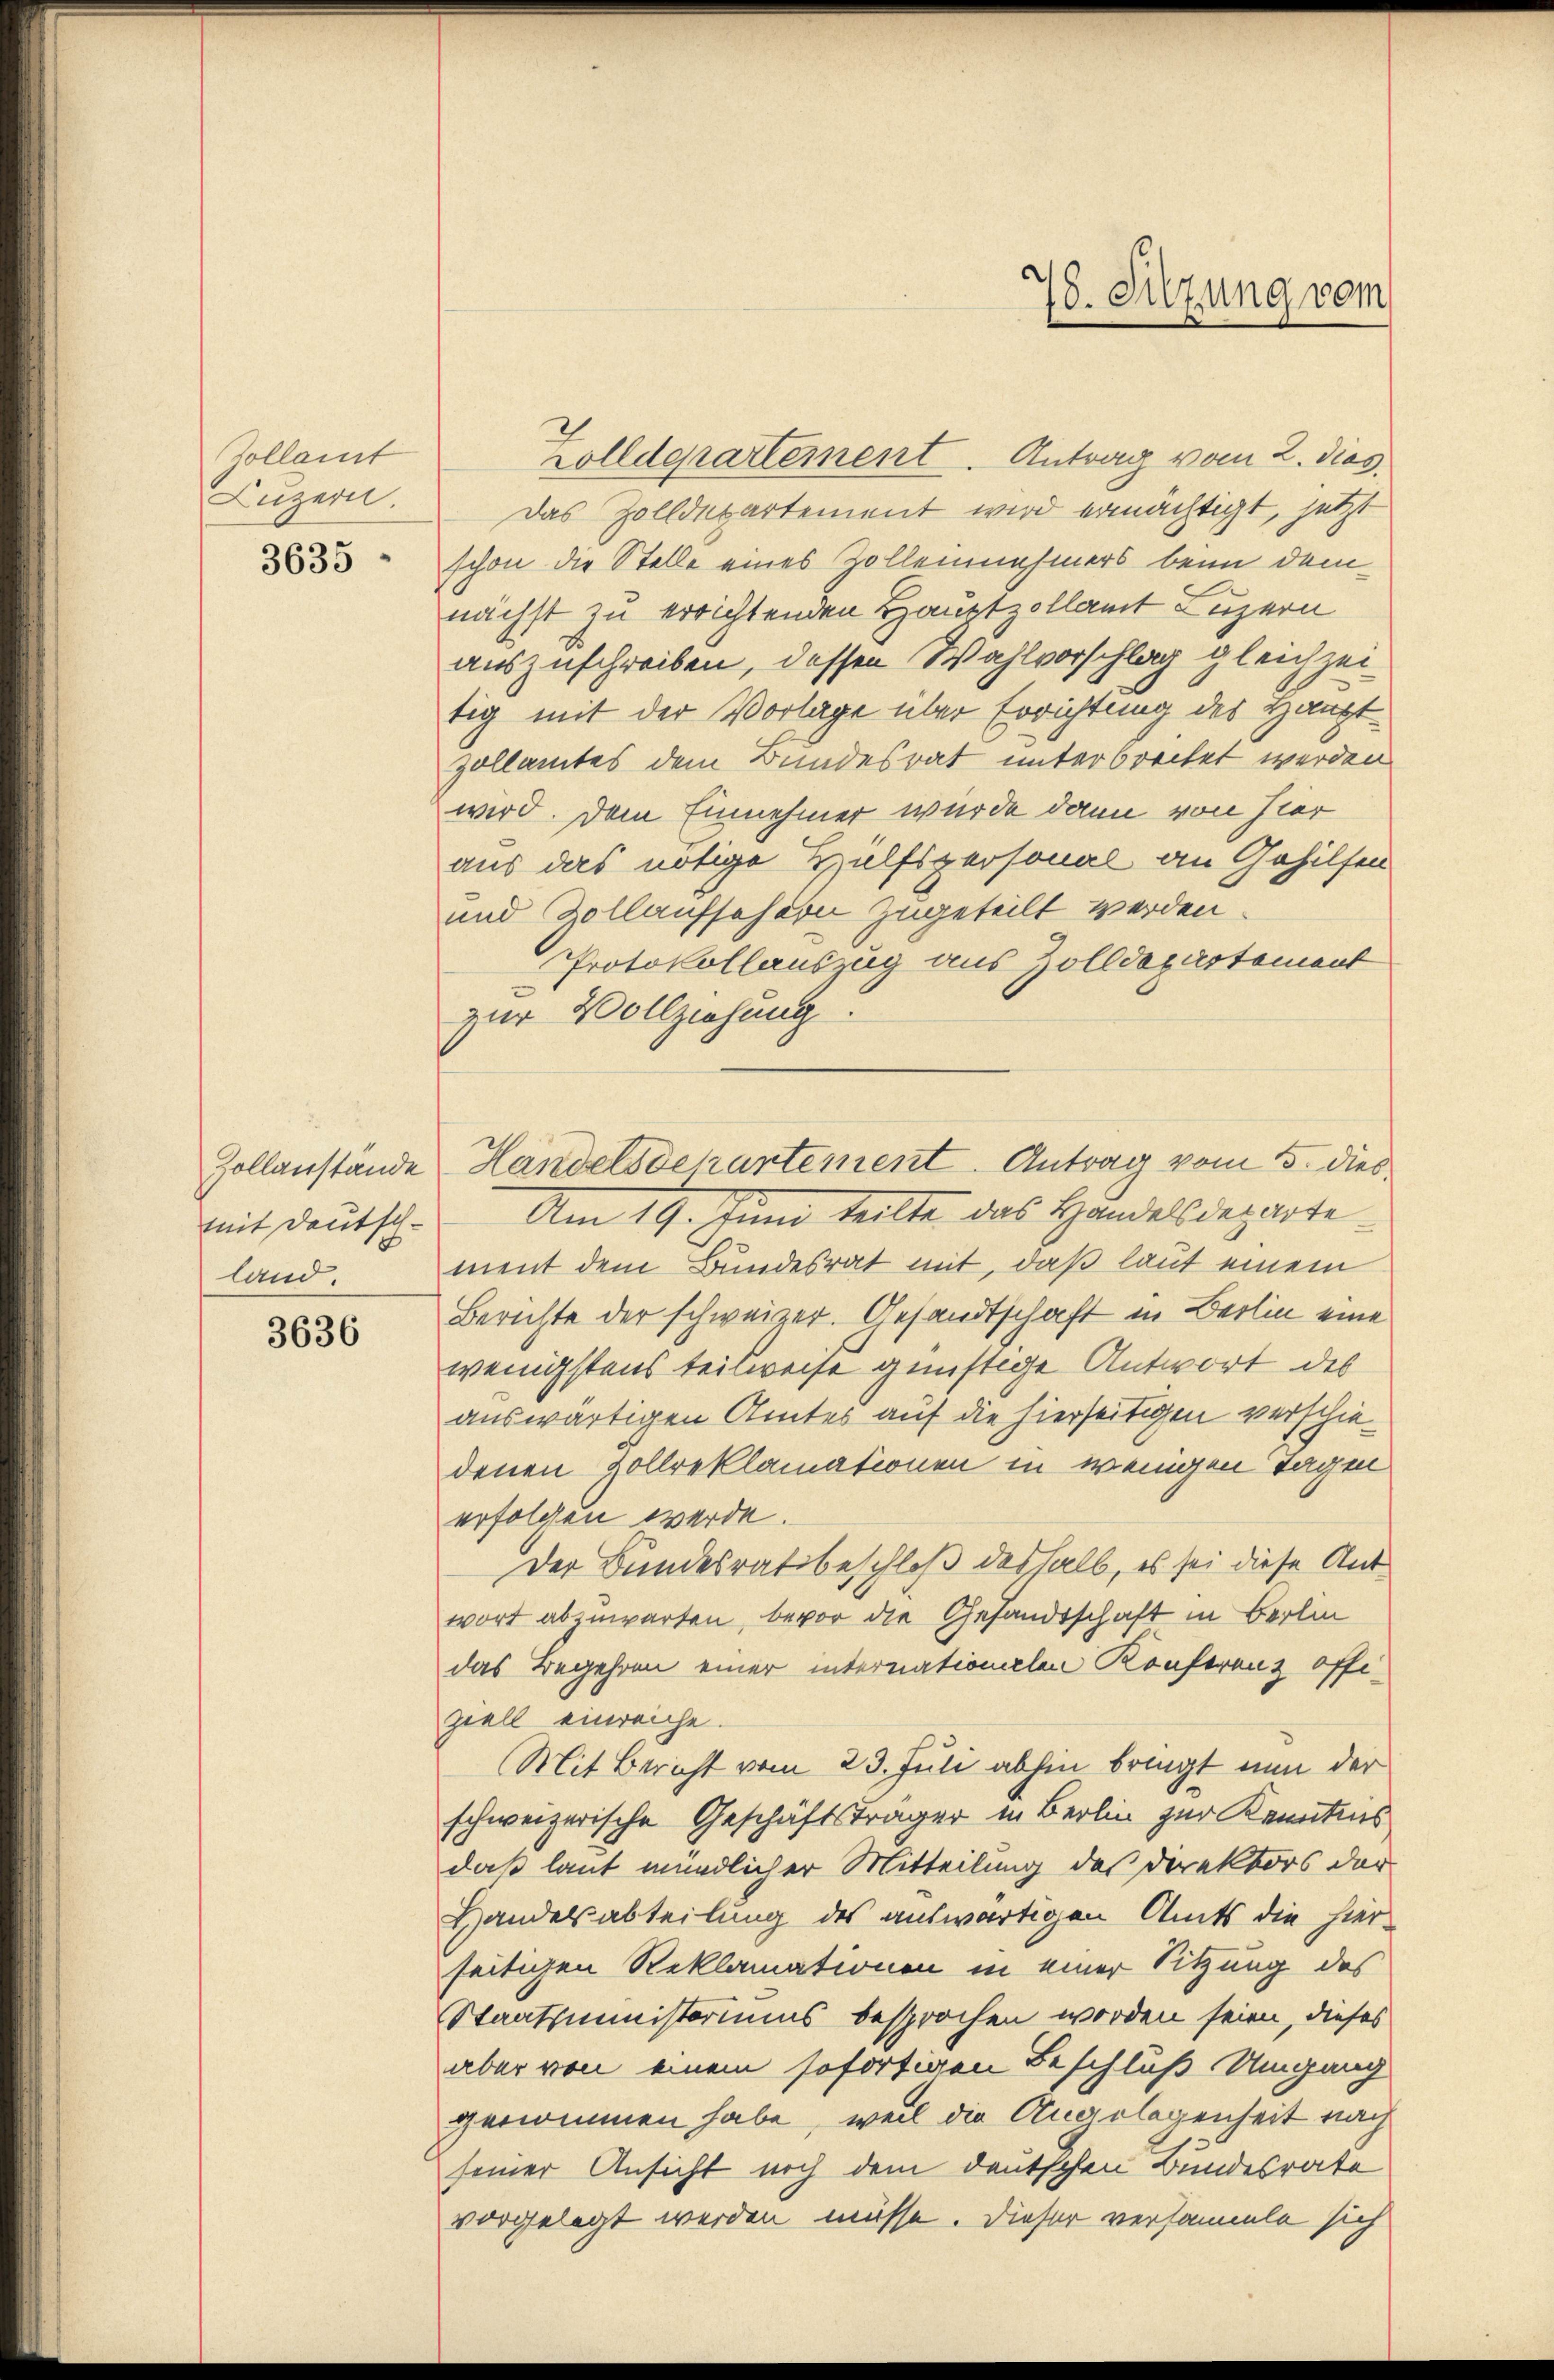
Zollamt
Luzern.
3635 -

land.

3636

Zolldepartement. Antrag vom 2. dies
Das Zolldepartement wird ermächtigt, jetzt
schon die Stelle eines Zollennehmers bei dem
nächst zu errichtenden Hauptzollamt Luzern
auszuschreiben, dessen Wahlvorschlag gleichzeitig mit der Vorlage über Errichtung des Hauptzollamtes dem Bundesrat unterbrechet werden
wird. Dem Einnehmer wurde dann von hier
aus das nötige Hülfspersonal an Gehilfen
und Zollaufschern zugeteilt werden.
Protokollauszug aus Zolldepartement
zur Vollziehung.
mit Deutsch. Am 19. Juni teilte das Handelsdepartement dem Bundesrat mit, daß laut einem
Berichte der schweizer. Gesandtschaft in Berlin eine
wenigstens teilweise günstige Antwort des
auswärtigen Amtes auf die hierseitigen verschiedenen Zollreklamationen in wenigen Tagen
erfolgen werde.
Der Bundesratsbeschloß deshalb, es sei diese Antwort abzuwarten, bevor die Gesandtschaft in Berlin
das Begehren einer internationalen Konferenz offiziell einreiche.
Mit Bericht vom 23. Juli abhin bringt nun der
schweizerische Geschäftsträger in Berlin zur Kenntnis
daß laut mündlicher Mitteilung des Direktors der
Handelsabteilung des auswärtigen Amts die hier-
seitigen Reklamationen in einer Sitzung des
Staatsministeriums besprochen worden seien, dieses
aber von einem sofortigen Beschluß Umgang
genommen habe, weil die Angelegenheit nach
seiner Ansicht noch dem deutschen Bundesrate
vorgelegt werden müsse. Dieser versammle sich

78. Sitzung vom

Zollanstände Handelsdepartement. Antrag vom 5. dies